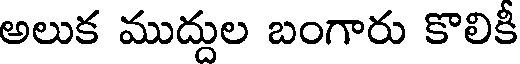
అలుక ముద్దుల బంగారు కొలికీ